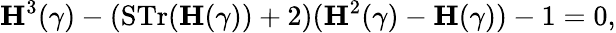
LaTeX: {\mathbf H}^{3}(\gamma)-(\mathrm{STr}({\mathbf H}(\gamma))+2)({\mathbf H}^{2}(\gamma)-{\mathbf H}(\gamma))-1=0,